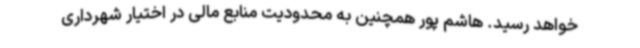
خواهد رسید. هاشم پور همچنین به محدودیت منابع مالی در اختیار شهرداری